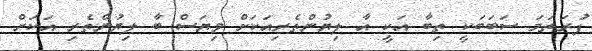
ފުރަތަމަ ސަބަބަކީ ތިބާ އަކީ އާ ލިޔުންތެރިއަކަށް ވިޔަސް ބާ ލިޔުންތެރި އަކަށް